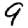
Digit: 9